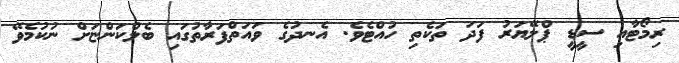
ރިމޯޓާއި ސީޑީ ޕްލޭޔަރު ފަދަ ތަކެތި ހުއްޓެވެ. އެނދުގެ ވައަތްފަރާތުގައި ބެލްކަންޏަށް ނުކުމެވޭ